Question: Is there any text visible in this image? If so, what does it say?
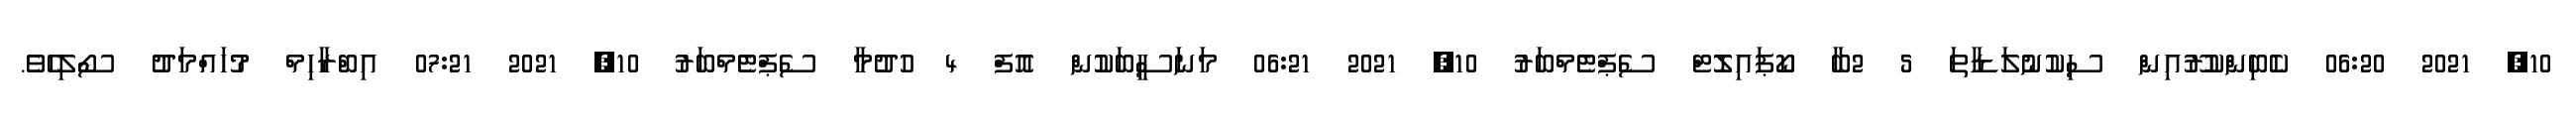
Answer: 10, 2021 06:20 ކެބިންކުރޫއިން ސިކުނުލަޑާތަ 5 2ބާ ކޯޕައިލޮޓް ސެޕްޓެމްބަރު 10, 2021 06:21 މަނަސީބަކުން އޮފް 4 ހުދުމާ ސެޕްޓެމްބަރު 10, 2021 07:21 އިބްރާހިމް މުހައްމަދު ސޯލިހެވެ.